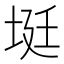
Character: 𡋺